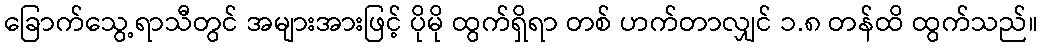
ခြောက်သွေ့ရာသီတွင် အများအားဖြင့် ပိုမို ထွက်ရှိရာ တစ် ဟက်တာလျှင် ၁.၈ တန်ထိ ထွက်သည်။